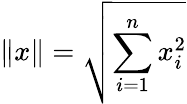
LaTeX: \| x\| =\sqrt{\sum_{i=1}^{n}x_{i}^{2}}